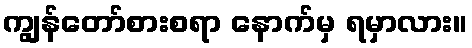
ကျွန်တော်စားစရာ နောက်မှ ရမှာလား။